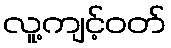
လူ့ကျင့်ဝတ်